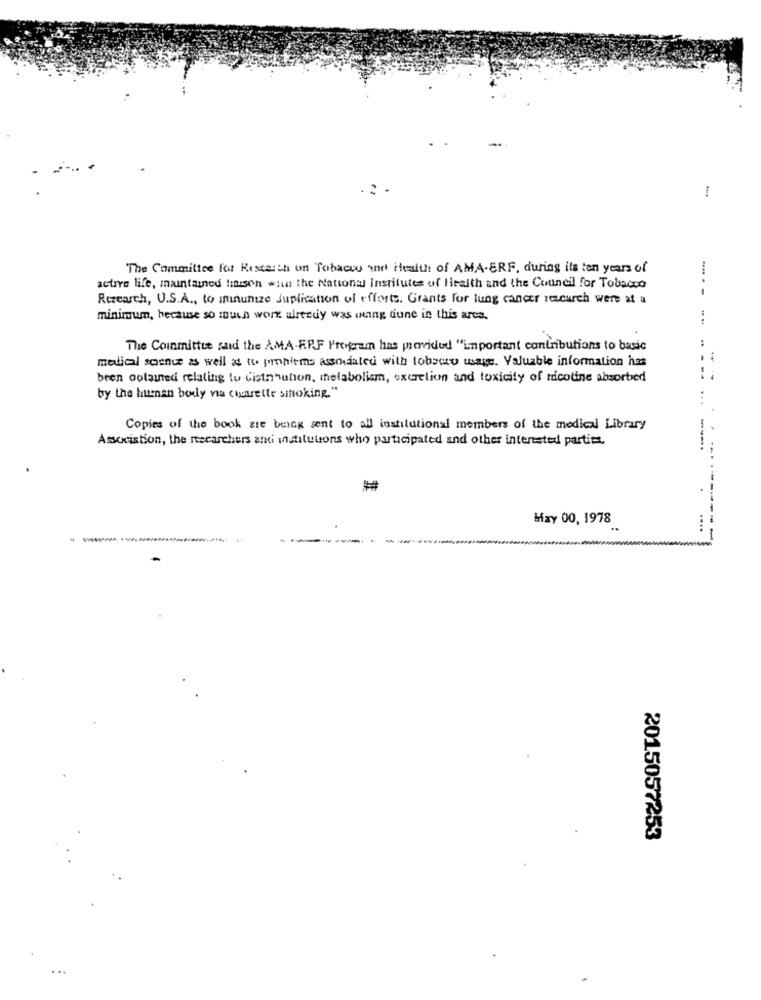
-
The Committee for Research on Tobacco art Health of AMA-ERF, during its ten years of
active life, maintained harson who the National institutes of Health and the Council for Tobacco
Research, U.S.A ., to minunize Juplication of efforts. Grants for lung cancer research were at a
minimum, because so much wort alrecuy was weng dune in this area.
....
The Committee said the AMA E.P.F Program has provided "important contributions to basic
medial soence as well as tu pomalems associated with tobserv usage. Valuable information has
-
bren ootained relating to cista"union, metabolism, excrelion and toxicity of nicotine absorbed
by the human body na chatrette sinoking."
Copies of the book zie being sent to all institutional members of the medical Library
Association, the researchers anti institutions who participated and other interested parties.
Hay 00, 1978
....
2015057253